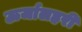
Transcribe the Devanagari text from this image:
ऊर्जालहरी